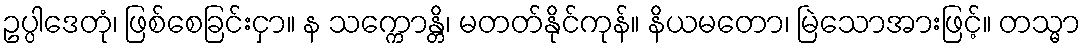
ဥပ္ပါဒေတုံ၊ ဖြစ်စေခြင်းငှာ။ န သက္ကောန္တိ၊ မတတ်နိုင်ကုန်။ နိယမတော၊ မြဲသောအားဖြင့်။ တသ္မာ